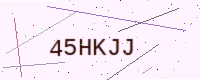
Text: 45HKJJ